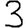
Digit: 3